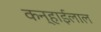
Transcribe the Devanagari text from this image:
कन्हाईलाल